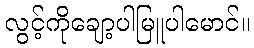
လွင့်ကိုချော့ပါမြူပါမောင်။